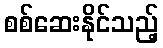
စစ်ဆေးနိုင်သည့်